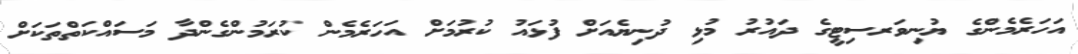
އަހަރެމެންގެ ޔުނިވަރސިޓީގެ ދައުރު މުޅި ދުނިޔެއަށް ފުޅައު ކުރުުމަށް އަހަރެމެން ކުރަމުންގެންދާ މަސައްކަތްތަކަށް